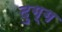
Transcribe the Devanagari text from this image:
दुग्ग